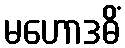
မဟောဒဓိံ